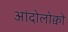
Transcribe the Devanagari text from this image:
आंदोलोक्वो